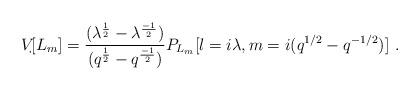
LaTeX: \begin{align*}V_{\begin{picture}(.4,.7)\put(0,0){\line(1,0){.3}}\put(0,.3){\line(1,0){.3}}\multiput(0,0)(.3,0){2}{\line(0,1){.3}}\end{picture}}[L_m] = {(\lambda^{1\over 2} - \lambda^{-1 \over 2}) \over (q^{1 \over 2} - q^{-1\over 2})} P_{L_m}[l = i\lambda, m = i (q^{1/2}- q^{-1/2})]~.\end{align*}